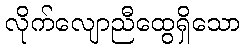
လိုက်လျောညီထွေရှိသော